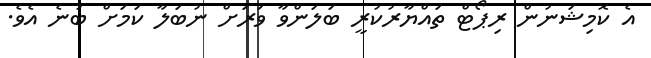
އެ ކޮމިޝަނުން ރިޕޯޓް ތައްޔާރުކުރީ ބަލަންވާ ވަރަށް ނުބަލާ ކަމަށް ބުނެ އެވެ.